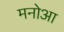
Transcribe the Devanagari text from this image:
मनोआ